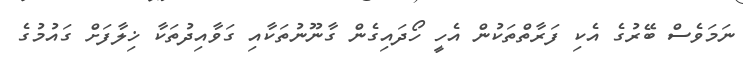
ނަމަވެސް ބޭރުގެ އެކި ފަރާތްތަކުން އެހީ ހޯދައިގެން ގާނޫނުތަކާއި ގަވާއިދުތަކާ ޚިލާފަށް ގައުމުގެ